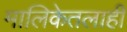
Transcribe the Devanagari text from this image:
मालिकेतलाही